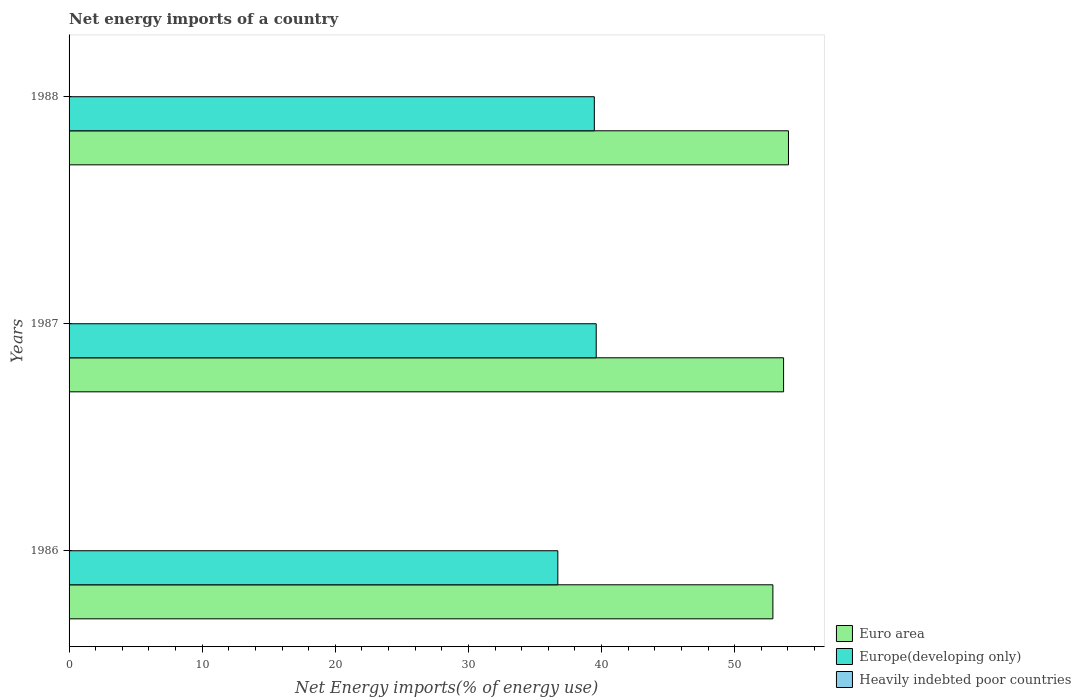
| Years | Euro area | Europe(developing only) | Heavily indebted poor countries |
 | --- | --- | --- | --- |
 | 1986 | 52.9 | 36.7 | -11.9 |
 | 1987 | 53.7 | 39.6 | -11.2 |
 | 1988 | 54 | 39.5 | -10.3 |